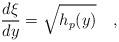
LaTeX: \begin{align*}{\frac{d\xi}{dy}} = \sqrt{h_p(y)} \quad ,\end{align*}